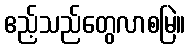
ဧည့်သည်တွေလာစမြဲ။